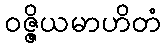
ဝဇ္ဇိယမာဟိတံ